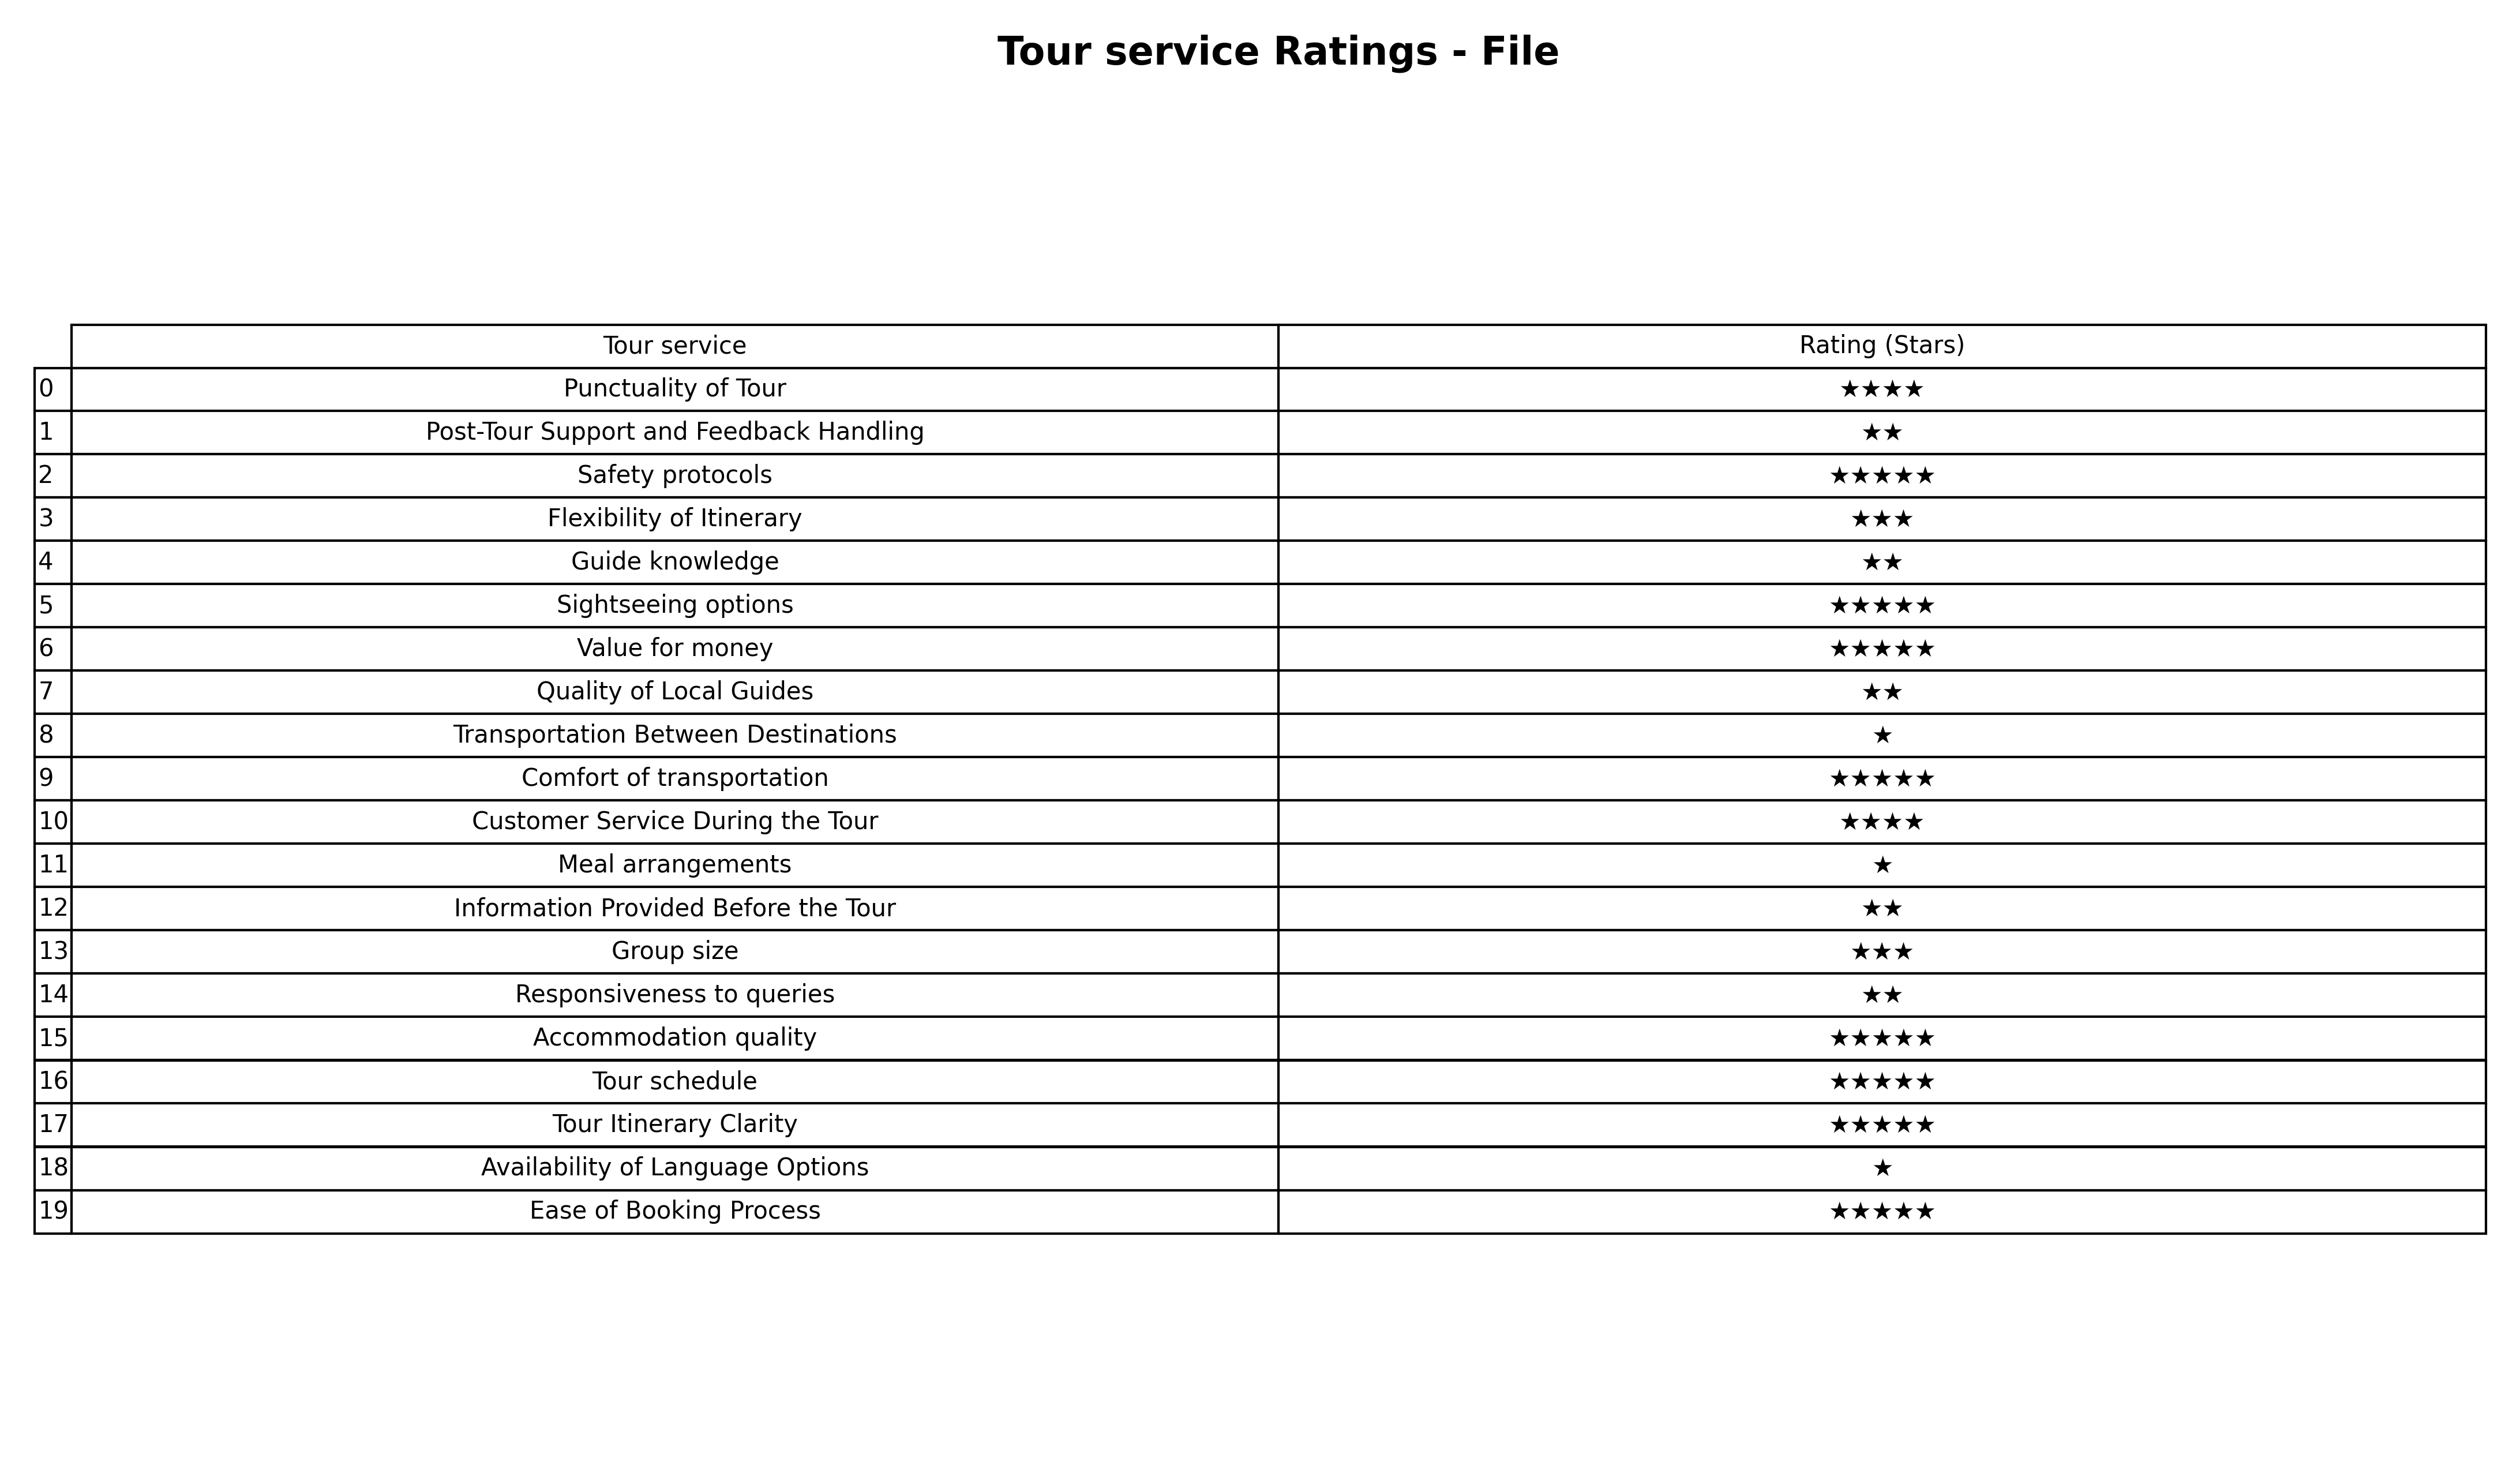
question: What is the rating of Group size?
answer: ★★★